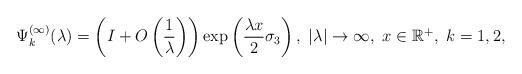
LaTeX: \begin{align*} \Psi_k^{(\infty)}(\lambda)=\left (I+O\left (\frac{1}{\lambda}\right )\right )\exp\left (\frac{\lambda x}{2}\sigma_3 \right ),~|\lambda|\rightarrow\infty,~x\in \mathbb{R}^+,~k=1,2, \end{align*}